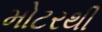
મોટરથી